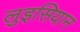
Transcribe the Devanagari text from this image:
लुइसियान